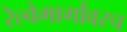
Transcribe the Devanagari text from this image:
रेल्वेमार्गांवरच